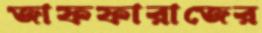
জাফফারাজের